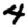
Digit: 4